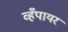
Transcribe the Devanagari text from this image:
व्हँपायर